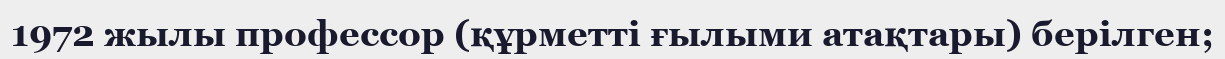
1972 жылы профессор (құрметті ғылыми атақтары) берілген;